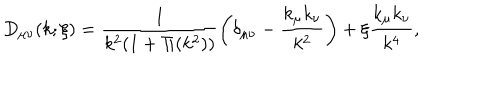
D _ { \mu \nu } ( k ; \xi ) = \frac { 1 } { k ^ { 2 } ( 1 + \Pi ( k ^ { 2 } ) ) } \left( \delta _ { \mu \nu } - \frac { k _ { \mu } k _ { \nu } } { k ^ { 2 } } \right) + \xi \frac { k _ { \mu } k _ { \nu } } { k ^ { 4 } } ,